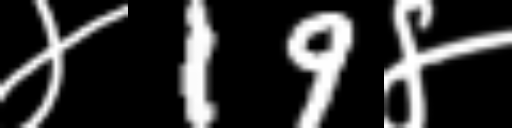
Text: ४19४